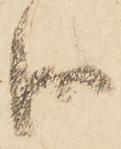
御